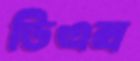
ডিএক্স